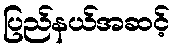
ပြည်နယ်အဆင့်